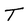
Character: T